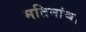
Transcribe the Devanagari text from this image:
मतिमांश्च।